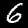
Digit: 6